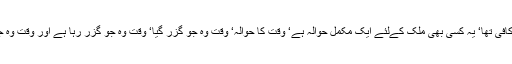
اردن کے پاس اگر کچھ نہ بھی ہوتا تو بھی اردن کی بقا‘ اردن کی عزت کےلئے پیٹرا کافی تھا‘ یہ کسی بھی ملک کےلئے ایک مکمل حوالہ ہے‘ وقت کا حوالہ‘ وقت وہ جو گزر گیا‘ وقت وہ جو گزر رہا ہے اور وقت وہ جو ہمارے بعد بھی گزرتا رہے گا‘ پیٹرا وقت اور انسان دونوں کی اجتماعی داستان ہے۔